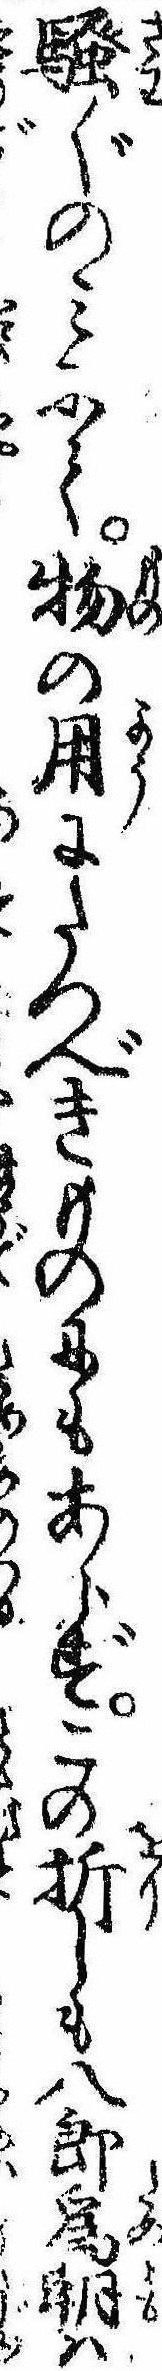
騒ぐのみにて物の用にたつべきものにもあらずこの折しも八郎為朝は